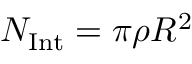
N _ { \mathrm { I n t } } = \pi \rho R ^ { 2 }